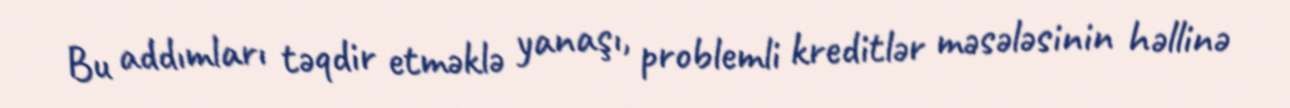
Bu addımları təqdir etməklə yanaşı, problemli kreditlər məsələsinin həllinə